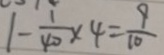
1 - \frac { 1 } { 4 0 } \times 4 = \frac { 9 } { 1 0 }